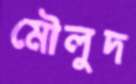
মৌলুদ